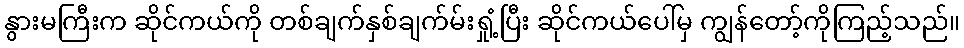
နွားမကြီးက ဆိုင်ကယ်ကို တစ်ချက်နှစ်ချက်မ်းရှုံ့ပြီး ဆိုင်ကယ်ပေါ်မှ ကျွန်တော့်ကိုကြည့်သည်။